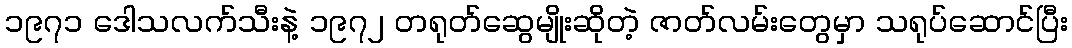
၁၉၇၁ ဒေါသလက်သီးနဲ့ ၁၉၇၂ တရုတ်ဆွေမျိုးဆိုတဲ့ ဇာတ်လမ်းတွေမှာ သရုပ်ဆောင်ပြီး